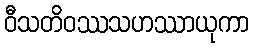
ဝီသတိဝဿသဟဿာယုကာ